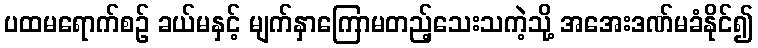
ပထမရောက်စဉ် ခယ်မနှင့် မျက်နှာကြောမတည့်သေးသကဲ့သို့ အအေးဒဏ်မခံနိုင်၍